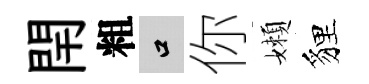
閈粗口你嬾貍